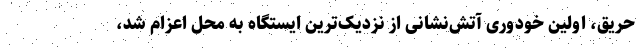
حریق، اولین خودوری آتش‌نشانی از نزدیک‌ترین ایستگاه به محل اعزام شد،